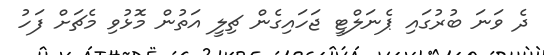
ދެ ވަނަ ބުރުގައި ޕެނަލްޓީ ޖަހައިގެން ޗިލީ އަތުން މޮޅުވި މެޗަށް ފަހު